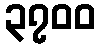
၃၇၀၀